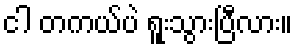
ငါ တကယ်ပဲ ရူးသွားပြီလား။